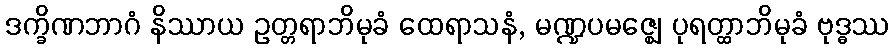
ဒက္ခိဏဘာဂံ နိဿာယ ဥတ္တရာဘိမုခံ ထေရာသနံ, မဏ္ဍပမဇ္ဈေ ပုရတ္ထာဘိမုခံ ဗုဒ္ဓဿ